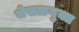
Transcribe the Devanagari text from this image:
भेसळयुक्त